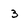
Character: 3